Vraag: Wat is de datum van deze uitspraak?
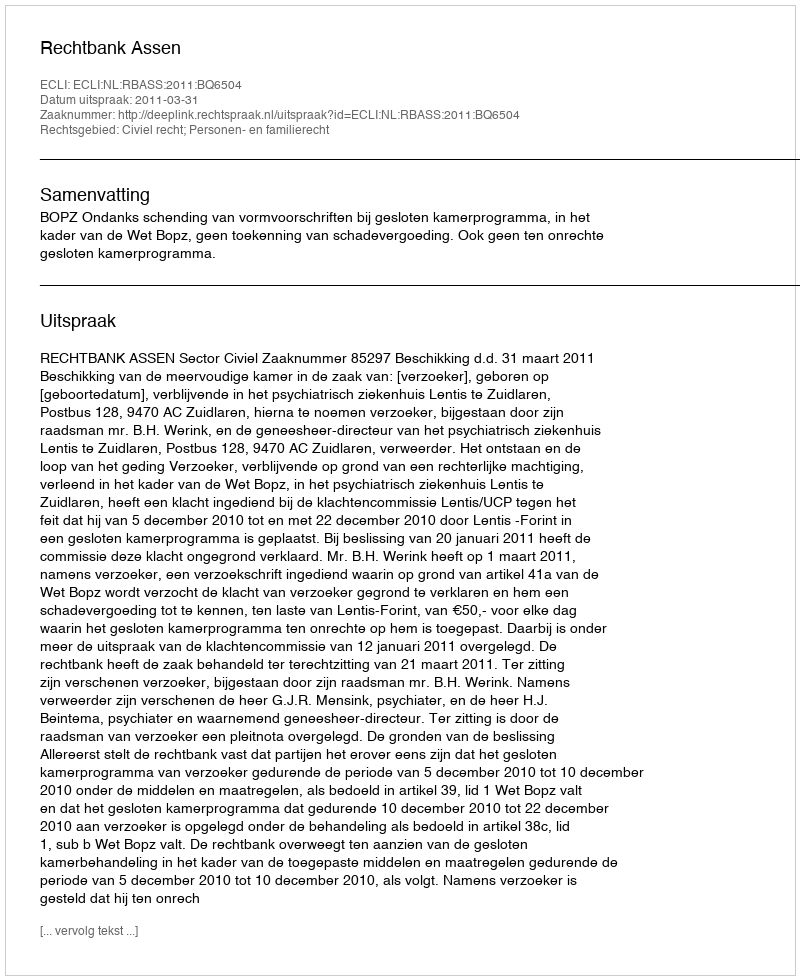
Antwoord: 2011-03-31